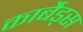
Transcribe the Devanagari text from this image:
कार्बैड्स